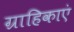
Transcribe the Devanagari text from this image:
ग्राहिकाएं